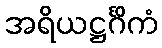
အရိယဋ္ဌင်္ဂိကံ